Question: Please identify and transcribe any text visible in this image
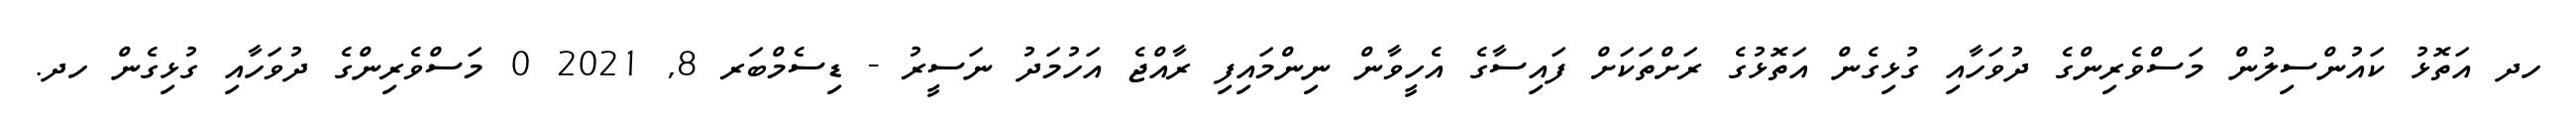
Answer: ހދ އަތޮޅު ކައުންސިލުން މަސްވެރިންގެ ދުވަހާއި ގުޅިގެން އަތޮޅުގެ ރަށްތަކަށް ފައިސާގެ އެހީވާން ނިންމައިފި ރާއްޖެ އަހުމަދު ނަސީރު - ޑިސެމްބަރ 8, 2021 0 މަސްވެރިންގެ ދުވަހާއި ގުޅިގެން ހދ.